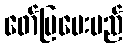
ဖော်ပြပေးမည်